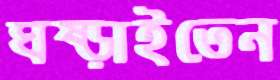
ঘষ্‌ড়াইতেন